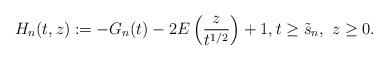
LaTeX: \begin{align*}H_n(t,z):=-G_n(t)-2E\left(\dfrac{z}{t^{1/2}}\right)+1,t\ge\tilde s_n,\ z\ge 0.\end{align*}